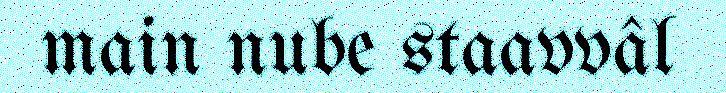
main nube staavvâl